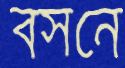
বসনে